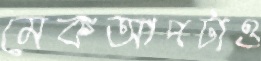
মেকআপটাও